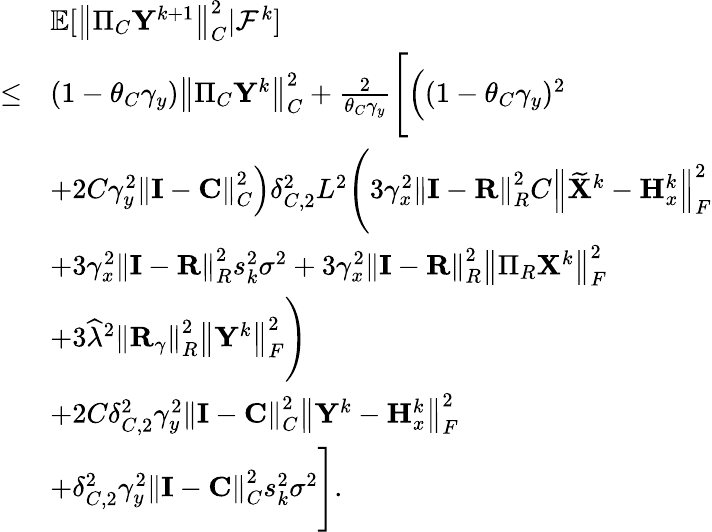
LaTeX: \begin{array}{rl}&{{\mathbb{E}}[\left\| \Pi_{C}{\mathbf{Y}}^{k+1}\right\| _{C}^{2}\vert{\mathcal{F}}^{k}]}\\ {\leq}&{(1-\theta_{C}\gamma_{y})\left\| \Pi_{C}{\mathbf{Y}}^{k}\right\| _{C}^{2}+\frac{2}{\theta_{C}\gamma_{y}}\Bigg[\Big((1-\theta_{C}\gamma_{y})^{2}}\\ &{+2C\gamma_{y}^{2}\left\| {\mathbf{I}}-{\mathbf{C}}\right\| _{C}^{2}\Big)\delta_{C,2}^{2}L^{2}\Bigg(3\gamma_{x}^{2}\left\| {\mathbf{I}}-{\mathbf{R}}\right\| _{R}^{2}C\left\| \widetilde{{\mathbf{X}}}^{k}-{\mathbf{H}}_{x}^{k}\right\| _{F}^{2}}\\ &{+3\gamma_{x}^{2}\left\| {\mathbf{I}}-{\mathbf{R}}\right\| _{R}^{2}s_{k}^{2}\sigma^{2}+3\gamma_{x}^{2}\left\| {\mathbf{I}}-{\mathbf{R}}\right\| _{R}^{2}\left\| \Pi_{R}{\mathbf{X}}^{k}\right\| _{F}^{2}}\\ &{+3\widehat{\lambda}^{2}\left\| {\mathbf{R}}_{\gamma}\right\| _{R}^{2}\left\| {\mathbf{Y}}^{k}\right\| _{F}^{2}\Bigg)}\\ &{+2C\delta_{C,2}^{2}\gamma_{y}^{2}\left\| {\mathbf{I}}-{\mathbf{C}}\right\| _{C}^{2}\left\| {\mathbf{Y}}^{k}-{\mathbf{H}}_{x}^{k}\right\| _{F}^{2}}\\ &{+\delta_{C,2}^{2}\gamma_{y}^{2}\left\| {\mathbf{I}}-{\mathbf{C}}\right\| _{C}^{2}s_{k}^{2}\sigma^{2}\Bigg].}\end{array}